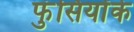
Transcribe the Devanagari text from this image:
फुंसियोंके